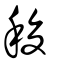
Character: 稄